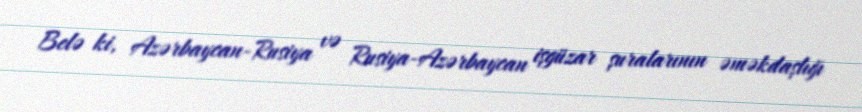
Belə ki, Azərbaycan-Rusiya və Rusiya-Azərbaycan işgüzar şuralarının əməkdaşlığı